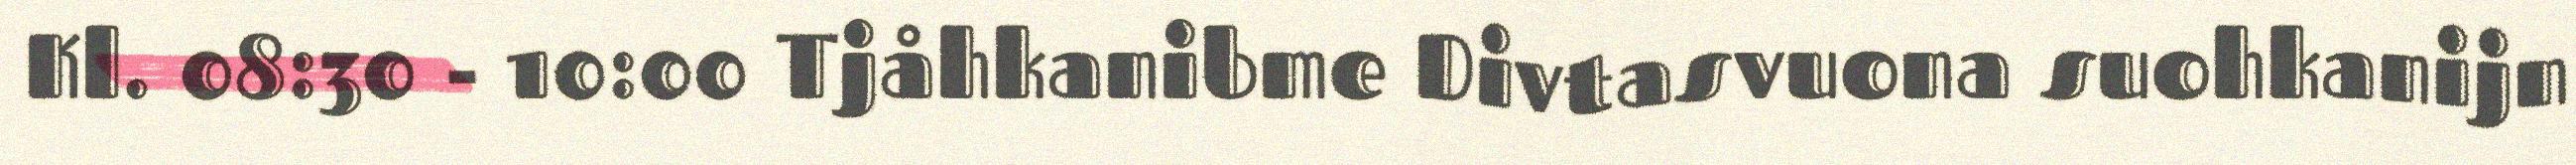
Kl. 08:30 - 10:00 Tjåhkanibme Divtasvuona suohkanijn